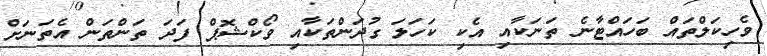
ވެހިކަލްތައް ބަހައްޓާނެ ތަނަކާއި އެކި ކަހަލަ ގުދަންތަކާއި ވޯކްޝޮޕް ފަދަ ތަންތަން އެތަނަށް